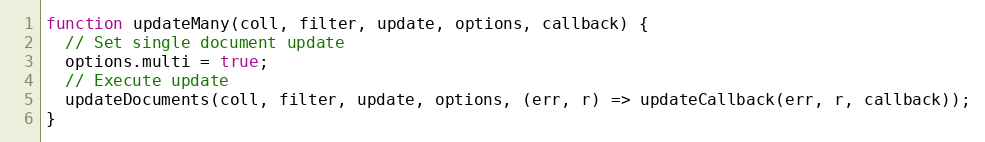
Language: JavaScript
function updateMany(coll, filter, update, options, callback) {
  // Set single document update
  options.multi = true;
  // Execute update
  updateDocuments(coll, filter, update, options, (err, r) => updateCallback(err, r, callback));
}